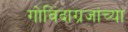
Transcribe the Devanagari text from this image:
गोविंदाग्रजांच्या